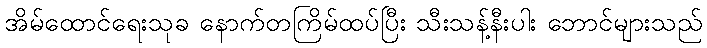
အိမ်ထောင်ရေးသုခ နောက်တကြိမ်ထပ်ပြီး သီးသန့်နီးပါး ဘောင်များသည်